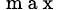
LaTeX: _\mathrm{~m~a~x~}